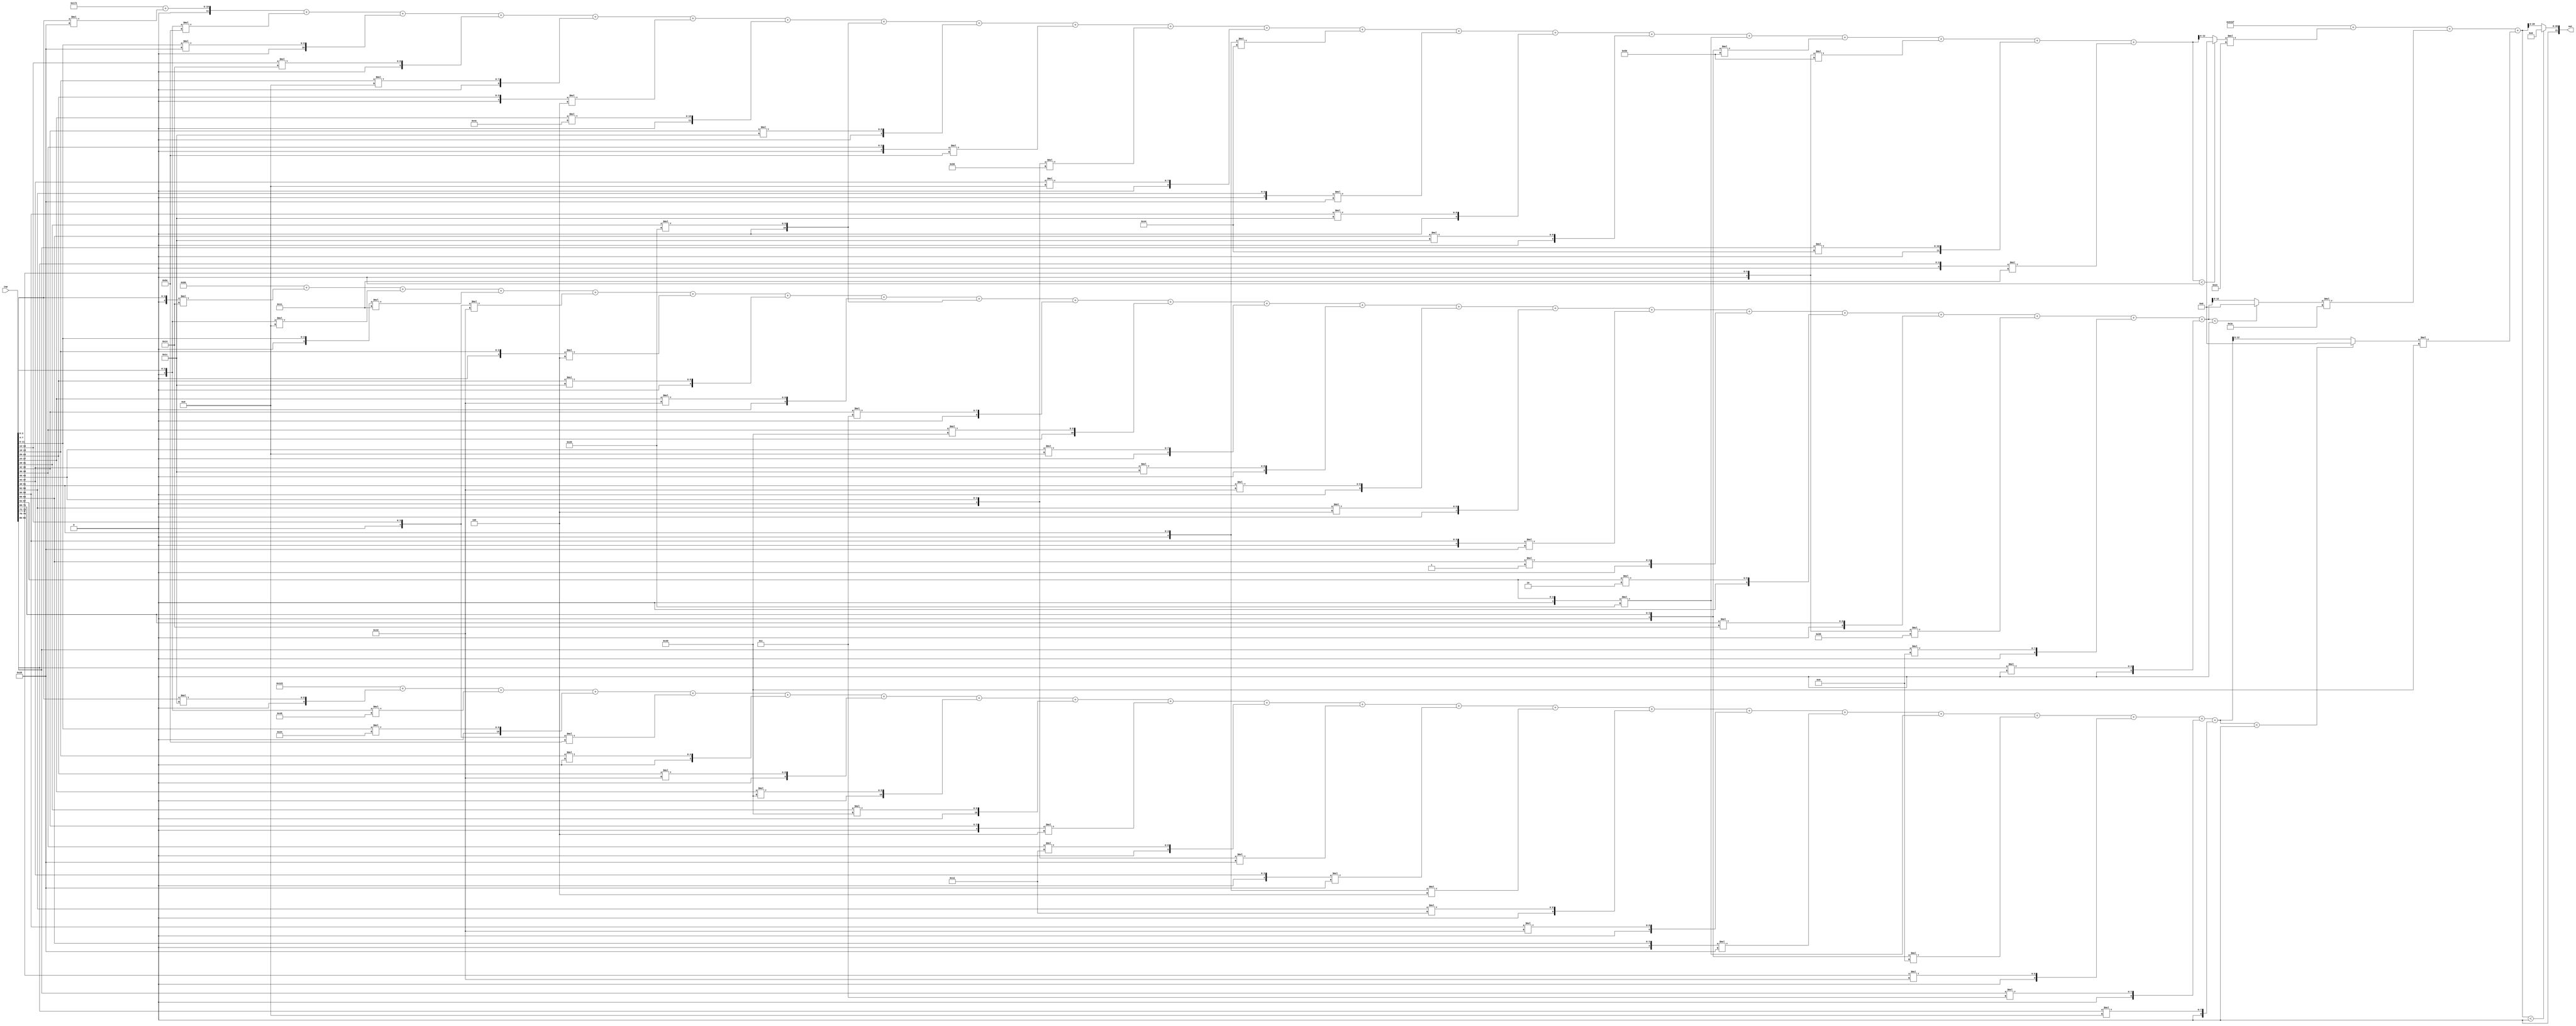
//weights: [[[40, -34, 40, 20, 8, -4, 76, 32, 28, -34, -42, 8, -60, -24, 28, 28, -32, -48, -48, 68, -15], [-12, -8, -15, -16, -4, 28, 16, 32, 12, 48, 8, 28, 16, 4, -24, 1, 2, 20, -40, 9, 0], [28, -56, 36, -34, 0, 16, 48, 48, -4, 18, -24, -24, -4, 18, 16, -24, -32, -7, 16, 12, 8]], [[44, 60, 48]]]
//intercepts: [[370, 187, -222], [37311]]
//act size: [4, 13, 21]
//pred num: 1
module top (inp, out);
input [83:0] inp;
output [21:0] out;

// layer: 0 - neuron: 0
    wire signed [11:0] n_0_0_po_0;
    //weight 40: 8'sb00101000
    assign n_0_0_po_0 = $signed({1'b0, inp[3:0]}) * 8'sb00101000;

    wire signed [11:0] n_0_0_po_1;
    //weight -34: 8'sb11011110
    assign n_0_0_po_1 = $signed({1'b0, inp[7:4]}) * 8'sb11011110;

    wire signed [11:0] n_0_0_po_2;
    //weight 40: 8'sb00101000
    assign n_0_0_po_2 = $signed({1'b0, inp[11:8]}) * 8'sb00101000;

    wire signed [11:0] n_0_0_po_3;
    //weight 20: 8'sb00010100
    assign n_0_0_po_3 = $signed({1'b0, inp[15:12]}) * 8'sb00010100;

    wire signed [11:0] n_0_0_po_4;
    //weight 8: 8'sb00001000
    assign n_0_0_po_4 = $signed({1'b0, inp[19:16]}) * 8'sb00001000;

    wire signed [11:0] n_0_0_po_5;
    //weight -4: 8'sb11111100
    assign n_0_0_po_5 = $signed({1'b0, inp[23:20]}) * 8'sb11111100;

    wire signed [11:0] n_0_0_po_6;
    //weight 76: 8'sb01001100
    assign n_0_0_po_6 = $signed({1'b0, inp[27:24]}) * 8'sb01001100;

    wire signed [11:0] n_0_0_po_7;
    //weight 32: 8'sb00100000
    assign n_0_0_po_7 = $signed({1'b0, inp[31:28]}) * 8'sb00100000;

    wire signed [11:0] n_0_0_po_8;
    //weight 28: 8'sb00011100
    assign n_0_0_po_8 = $signed({1'b0, inp[35:32]}) * 8'sb00011100;

    wire signed [11:0] n_0_0_po_9;
    //weight -34: 8'sb11011110
    assign n_0_0_po_9 = $signed({1'b0, inp[39:36]}) * 8'sb11011110;

    wire signed [11:0] n_0_0_po_10;
    //weight -42: 8'sb11010110
    assign n_0_0_po_10 = $signed({1'b0, inp[43:40]}) * 8'sb11010110;

    wire signed [11:0] n_0_0_po_11;
    //weight 8: 8'sb00001000
    assign n_0_0_po_11 = $signed({1'b0, inp[47:44]}) * 8'sb00001000;

    wire signed [11:0] n_0_0_po_12;
    //weight -60: 8'sb11000100
    assign n_0_0_po_12 = $signed({1'b0, inp[51:48]}) * 8'sb11000100;

    wire signed [11:0] n_0_0_po_13;
    //weight -24: 8'sb11101000
    assign n_0_0_po_13 = $signed({1'b0, inp[55:52]}) * 8'sb11101000;

    wire signed [11:0] n_0_0_po_14;
    //weight 28: 8'sb00011100
    assign n_0_0_po_14 = $signed({1'b0, inp[59:56]}) * 8'sb00011100;

    wire signed [11:0] n_0_0_po_15;
    //weight 28: 8'sb00011100
    assign n_0_0_po_15 = $signed({1'b0, inp[63:60]}) * 8'sb00011100;

    wire signed [11:0] n_0_0_po_16;
    //weight -32: 8'sb11100000
    assign n_0_0_po_16 = $signed({1'b0, inp[67:64]}) * 8'sb11100000;

    wire signed [11:0] n_0_0_po_17;
    //weight -48: 8'sb11010000
    assign n_0_0_po_17 = $signed({1'b0, inp[71:68]}) * 8'sb11010000;

    wire signed [11:0] n_0_0_po_18;
    //weight -48: 8'sb11010000
    assign n_0_0_po_18 = $signed({1'b0, inp[75:72]}) * 8'sb11010000;

    wire signed [11:0] n_0_0_po_19;
    //weight 68: 8'sb01000100
    assign n_0_0_po_19 = $signed({1'b0, inp[79:76]}) * 8'sb01000100;

    wire signed [11:0] n_0_0_po_20;
    //weight -15: 8'sb11110001
    assign n_0_0_po_20 = $signed({1'b0, inp[83:80]}) * 8'sb11110001;

    wire signed [13:0] n_0_0_sum;
    assign n_0_0_sum = 370 + n_0_0_po_0 + n_0_0_po_1 + n_0_0_po_2 + n_0_0_po_3 + n_0_0_po_4 + n_0_0_po_5 + n_0_0_po_6 + n_0_0_po_7 + n_0_0_po_8 + n_0_0_po_9 + n_0_0_po_10 + n_0_0_po_11 + n_0_0_po_12 + n_0_0_po_13 + n_0_0_po_14 + n_0_0_po_15 + n_0_0_po_16 + n_0_0_po_17 + n_0_0_po_18 + n_0_0_po_19 + n_0_0_po_20;
    //relu
    wire [12:0] n_0_0;
    assign n_0_0 = (n_0_0_sum<0) ? $unsigned({13{1'b0}}) : $unsigned(n_0_0_sum[12:0]);

// layer: 0 - neuron: 1
    wire signed [11:0] n_0_1_po_0;
    //weight -12: 8'sb11110100
    assign n_0_1_po_0 = $signed({1'b0, inp[3:0]}) * 8'sb11110100;

    wire signed [11:0] n_0_1_po_1;
    //weight -8: 8'sb11111000
    assign n_0_1_po_1 = $signed({1'b0, inp[7:4]}) * 8'sb11111000;

    wire signed [11:0] n_0_1_po_2;
    //weight -15: 8'sb11110001
    assign n_0_1_po_2 = $signed({1'b0, inp[11:8]}) * 8'sb11110001;

    wire signed [11:0] n_0_1_po_3;
    //weight -16: 8'sb11110000
    assign n_0_1_po_3 = $signed({1'b0, inp[15:12]}) * 8'sb11110000;

    wire signed [11:0] n_0_1_po_4;
    //weight -4: 8'sb11111100
    assign n_0_1_po_4 = $signed({1'b0, inp[19:16]}) * 8'sb11111100;

    wire signed [11:0] n_0_1_po_5;
    //weight 28: 8'sb00011100
    assign n_0_1_po_5 = $signed({1'b0, inp[23:20]}) * 8'sb00011100;

    wire signed [11:0] n_0_1_po_6;
    //weight 16: 8'sb00010000
    assign n_0_1_po_6 = $signed({1'b0, inp[27:24]}) * 8'sb00010000;

    wire signed [11:0] n_0_1_po_7;
    //weight 32: 8'sb00100000
    assign n_0_1_po_7 = $signed({1'b0, inp[31:28]}) * 8'sb00100000;

    wire signed [11:0] n_0_1_po_8;
    //weight 12: 8'sb00001100
    assign n_0_1_po_8 = $signed({1'b0, inp[35:32]}) * 8'sb00001100;

    wire signed [11:0] n_0_1_po_9;
    //weight 48: 8'sb00110000
    assign n_0_1_po_9 = $signed({1'b0, inp[39:36]}) * 8'sb00110000;

    wire signed [11:0] n_0_1_po_10;
    //weight 8: 8'sb00001000
    assign n_0_1_po_10 = $signed({1'b0, inp[43:40]}) * 8'sb00001000;

    wire signed [11:0] n_0_1_po_11;
    //weight 28: 8'sb00011100
    assign n_0_1_po_11 = $signed({1'b0, inp[47:44]}) * 8'sb00011100;

    wire signed [11:0] n_0_1_po_12;
    //weight 16: 8'sb00010000
    assign n_0_1_po_12 = $signed({1'b0, inp[51:48]}) * 8'sb00010000;

    wire signed [11:0] n_0_1_po_13;
    //weight 4: 8'sb00000100
    assign n_0_1_po_13 = $signed({1'b0, inp[55:52]}) * 8'sb00000100;

    wire signed [11:0] n_0_1_po_14;
    //weight -24: 8'sb11101000
    assign n_0_1_po_14 = $signed({1'b0, inp[59:56]}) * 8'sb11101000;

    wire signed [11:0] n_0_1_po_15;
    //weight 1: 8'sb00000001
    assign n_0_1_po_15 = $signed({1'b0, inp[63:60]}) * 8'sb00000001;

    wire signed [11:0] n_0_1_po_16;
    //weight 2: 8'sb00000010
    assign n_0_1_po_16 = $signed({1'b0, inp[67:64]}) * 8'sb00000010;

    wire signed [11:0] n_0_1_po_17;
    //weight 20: 8'sb00010100
    assign n_0_1_po_17 = $signed({1'b0, inp[71:68]}) * 8'sb00010100;

    wire signed [11:0] n_0_1_po_18;
    //weight -40: 8'sb11011000
    assign n_0_1_po_18 = $signed({1'b0, inp[75:72]}) * 8'sb11011000;

    wire signed [11:0] n_0_1_po_19;
    //weight 9: 8'sb00001001
    assign n_0_1_po_19 = $signed({1'b0, inp[79:76]}) * 8'sb00001001;

    wire signed [11:0] n_0_1_po_20;
    //weight 0: 8'sb00000000
    assign n_0_1_po_20 = $signed({1'b0, inp[83:80]}) * 8'sb00000000;

    wire signed [13:0] n_0_1_sum;
    assign n_0_1_sum = 187 + n_0_1_po_0 + n_0_1_po_1 + n_0_1_po_2 + n_0_1_po_3 + n_0_1_po_4 + n_0_1_po_5 + n_0_1_po_6 + n_0_1_po_7 + n_0_1_po_8 + n_0_1_po_9 + n_0_1_po_10 + n_0_1_po_11 + n_0_1_po_12 + n_0_1_po_13 + n_0_1_po_14 + n_0_1_po_15 + n_0_1_po_16 + n_0_1_po_17 + n_0_1_po_18 + n_0_1_po_19 + n_0_1_po_20;
    //relu
    wire [12:0] n_0_1;
    assign n_0_1 = (n_0_1_sum<0) ? $unsigned({13{1'b0}}) : $unsigned(n_0_1_sum[12:0]);

// layer: 0 - neuron: 2
    wire signed [11:0] n_0_2_po_0;
    //weight 28: 8'sb00011100
    assign n_0_2_po_0 = $signed({1'b0, inp[3:0]}) * 8'sb00011100;

    wire signed [11:0] n_0_2_po_1;
    //weight -56: 8'sb11001000
    assign n_0_2_po_1 = $signed({1'b0, inp[7:4]}) * 8'sb11001000;

    wire signed [11:0] n_0_2_po_2;
    //weight 36: 8'sb00100100
    assign n_0_2_po_2 = $signed({1'b0, inp[11:8]}) * 8'sb00100100;

    wire signed [11:0] n_0_2_po_3;
    //weight -34: 8'sb11011110
    assign n_0_2_po_3 = $signed({1'b0, inp[15:12]}) * 8'sb11011110;

    wire signed [11:0] n_0_2_po_4;
    //weight 0: 8'sb00000000
    assign n_0_2_po_4 = $signed({1'b0, inp[19:16]}) * 8'sb00000000;

    wire signed [11:0] n_0_2_po_5;
    //weight 16: 8'sb00010000
    assign n_0_2_po_5 = $signed({1'b0, inp[23:20]}) * 8'sb00010000;

    wire signed [11:0] n_0_2_po_6;
    //weight 48: 8'sb00110000
    assign n_0_2_po_6 = $signed({1'b0, inp[27:24]}) * 8'sb00110000;

    wire signed [11:0] n_0_2_po_7;
    //weight 48: 8'sb00110000
    assign n_0_2_po_7 = $signed({1'b0, inp[31:28]}) * 8'sb00110000;

    wire signed [11:0] n_0_2_po_8;
    //weight -4: 8'sb11111100
    assign n_0_2_po_8 = $signed({1'b0, inp[35:32]}) * 8'sb11111100;

    wire signed [11:0] n_0_2_po_9;
    //weight 18: 8'sb00010010
    assign n_0_2_po_9 = $signed({1'b0, inp[39:36]}) * 8'sb00010010;

    wire signed [11:0] n_0_2_po_10;
    //weight -24: 8'sb11101000
    assign n_0_2_po_10 = $signed({1'b0, inp[43:40]}) * 8'sb11101000;

    wire signed [11:0] n_0_2_po_11;
    //weight -24: 8'sb11101000
    assign n_0_2_po_11 = $signed({1'b0, inp[47:44]}) * 8'sb11101000;

    wire signed [11:0] n_0_2_po_12;
    //weight -4: 8'sb11111100
    assign n_0_2_po_12 = $signed({1'b0, inp[51:48]}) * 8'sb11111100;

    wire signed [11:0] n_0_2_po_13;
    //weight 18: 8'sb00010010
    assign n_0_2_po_13 = $signed({1'b0, inp[55:52]}) * 8'sb00010010;

    wire signed [11:0] n_0_2_po_14;
    //weight 16: 8'sb00010000
    assign n_0_2_po_14 = $signed({1'b0, inp[59:56]}) * 8'sb00010000;

    wire signed [11:0] n_0_2_po_15;
    //weight -24: 8'sb11101000
    assign n_0_2_po_15 = $signed({1'b0, inp[63:60]}) * 8'sb11101000;

    wire signed [11:0] n_0_2_po_16;
    //weight -32: 8'sb11100000
    assign n_0_2_po_16 = $signed({1'b0, inp[67:64]}) * 8'sb11100000;

    wire signed [11:0] n_0_2_po_17;
    //weight -7: 8'sb11111001
    assign n_0_2_po_17 = $signed({1'b0, inp[71:68]}) * 8'sb11111001;

    wire signed [11:0] n_0_2_po_18;
    //weight 16: 8'sb00010000
    assign n_0_2_po_18 = $signed({1'b0, inp[75:72]}) * 8'sb00010000;

    wire signed [11:0] n_0_2_po_19;
    //weight 12: 8'sb00001100
    assign n_0_2_po_19 = $signed({1'b0, inp[79:76]}) * 8'sb00001100;

    wire signed [11:0] n_0_2_po_20;
    //weight 8: 8'sb00001000
    assign n_0_2_po_20 = $signed({1'b0, inp[83:80]}) * 8'sb00001000;

    wire signed [13:0] n_0_2_sum;
    assign n_0_2_sum = -222 + n_0_2_po_0 + n_0_2_po_1 + n_0_2_po_2 + n_0_2_po_3 + n_0_2_po_4 + n_0_2_po_5 + n_0_2_po_6 + n_0_2_po_7 + n_0_2_po_8 + n_0_2_po_9 + n_0_2_po_10 + n_0_2_po_11 + n_0_2_po_12 + n_0_2_po_13 + n_0_2_po_14 + n_0_2_po_15 + n_0_2_po_16 + n_0_2_po_17 + n_0_2_po_18 + n_0_2_po_19 + n_0_2_po_20;
    //relu
    wire [12:0] n_0_2;
    assign n_0_2 = (n_0_2_sum<0) ? $unsigned({13{1'b0}}) : $unsigned(n_0_2_sum[12:0]);

// layer: 1 - neuron: 0
    wire signed [20:0] n_1_0_po_0;
    //weight 44: 8'sb00101100
    assign n_1_0_po_0 = $signed({1'b0, n_0_0}) * 8'sb00101100;

    wire signed [20:0] n_1_0_po_1;
    //weight 60: 8'sb00111100
    assign n_1_0_po_1 = $signed({1'b0, n_0_1}) * 8'sb00111100;

    wire signed [20:0] n_1_0_po_2;
    //weight 48: 8'sb00110000
    assign n_1_0_po_2 = $signed({1'b0, n_0_2}) * 8'sb00110000;

    wire signed [21:0] n_1_0_sum;
    assign n_1_0_sum = 37311 + n_1_0_po_0 + n_1_0_po_1 + n_1_0_po_2;
    //relu
    wire [20:0] n_1_0;
    assign n_1_0 = (n_1_0_sum<0) ? $unsigned({21{1'b0}}) : $unsigned(n_1_0_sum[20:0]);

    assign out = {n_1_0};

endmodule